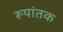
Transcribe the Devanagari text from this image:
रूपांतक